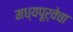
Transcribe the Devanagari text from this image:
मध्यपूर्वेचा